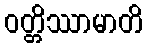
ဝတ္တိဿာမာတိ